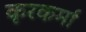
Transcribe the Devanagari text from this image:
कृरकर्मा